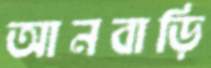
আনবাড়ি